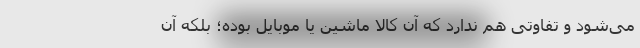
می‌شود و تفاوتی هم ندارد که آن کالا ماشین یا موبایل بوده؛ بلکه آن